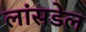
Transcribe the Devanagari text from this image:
लांसडेल